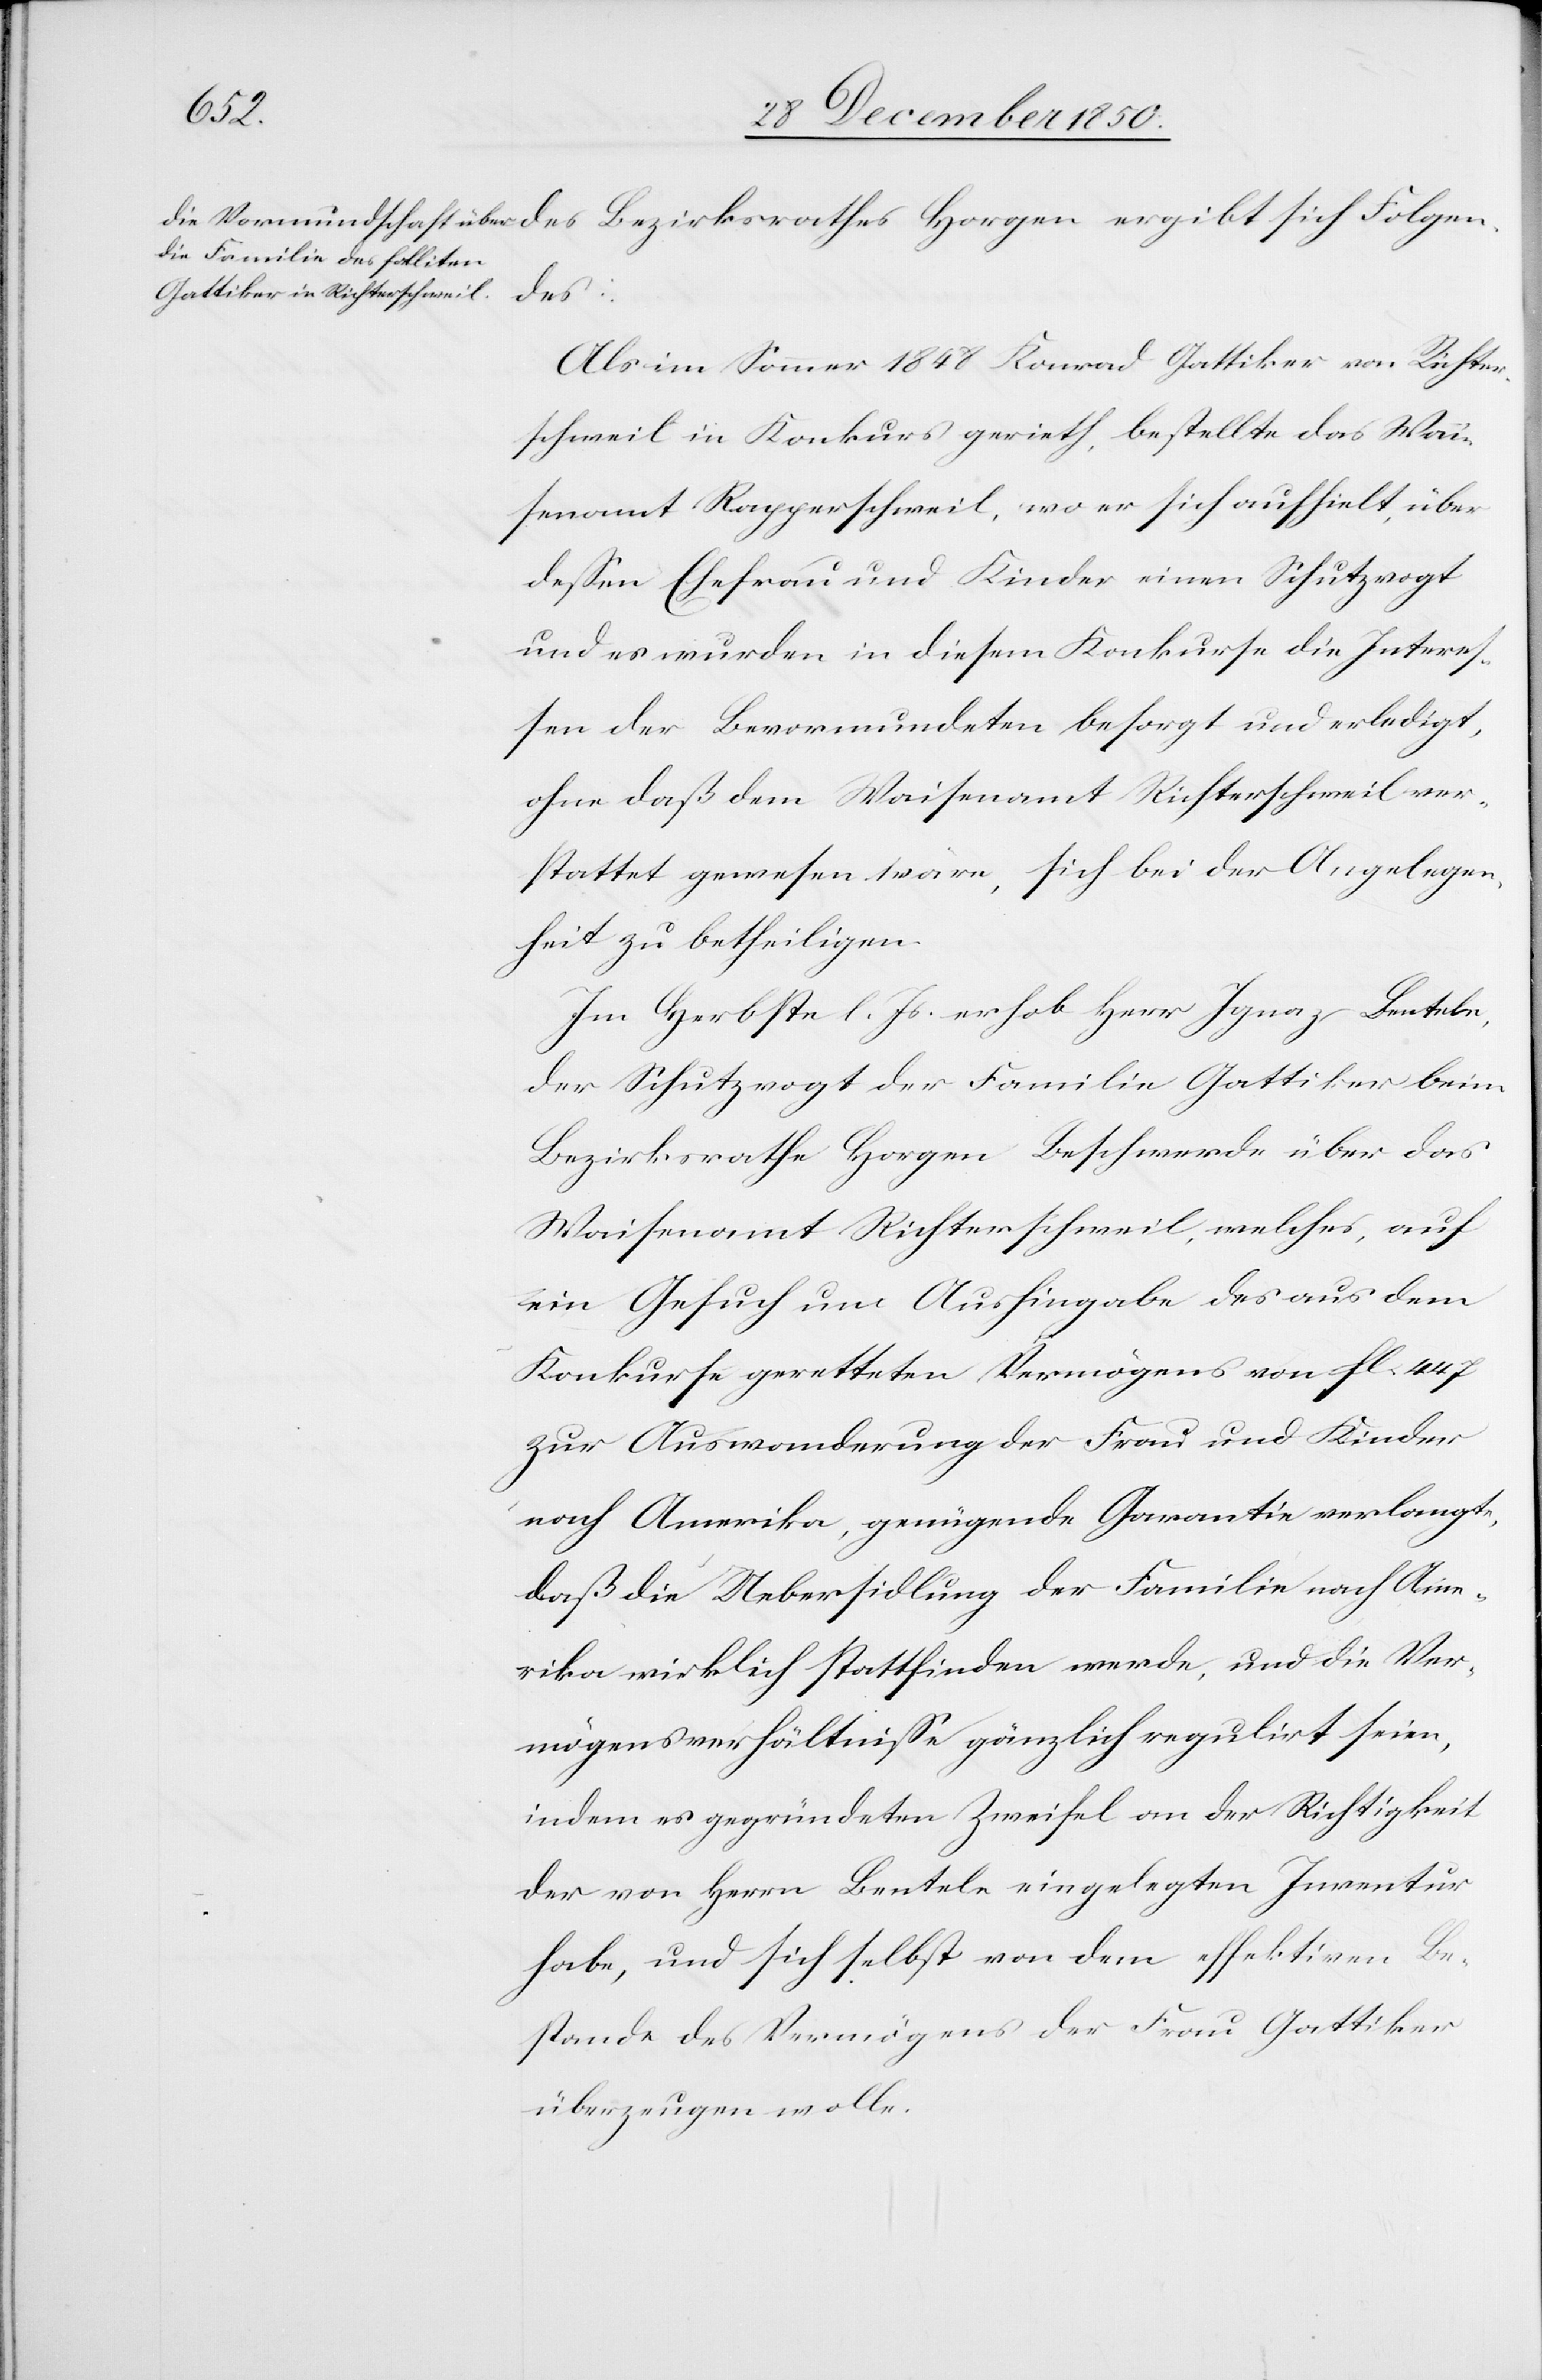
Folgen¬
des:
Als im Sommer 1848 Konrad Gattiker von Richter¬
schweil in Konkurs gerieth, bestellte das Wai¬
senamt Rapperschweil, wo er sich aufhielt, über
dessen Ehefrau und Kinder einen Schutzvogt
und es wurden in diesem Konkurse die Interes¬
sen der Bevormundeten besorgt und erledigt,
ohne daß dem Waisenamt Richterschweil ver¬
stattet gewesen wäre, sich bei der Angelegen¬
heit zu betheiligen.
Im Herbst l. Js. erhob Herr Ignaz Bentele,
der Schutzvogt der Familie Gattiker beim
Bezirksrathe Horgen Beschwerde über das
Waisenamt Richterschweil, welches, auf
ein Gesuch um Aushingabe des aus dem
Konkurse geretteten Vermögens von fl. 447
zur Auswanderung der Frau und Kinder
nach Amerika, genügende Garantie verlangte,
daß die Uebersidlung [sic!] der Familie nach Ame¬
rika wirklich stattfinden werde, und die Ver¬
mögensverhältnisse gänzlich regulirt seien,
indem es gegründeten Zweifel an der Richtigkeit
der von Herrn Bentele eingelegten Inventur
habe, und sich selbst von dem effektiven Be¬
stande des Vermögens der Frau Gattiker
überzeugen wolle.